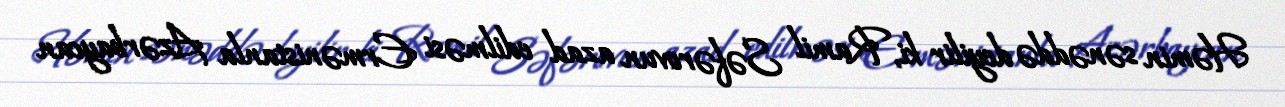
Həmin sənəddə deyilir ki, Ramil Səfərovun azad edilməsi Ermənistanla Azərbaycan